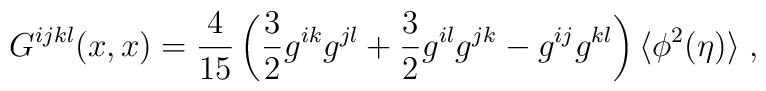
G^{ijkl}(x,x) = \frac{4}{15} \left(\frac{3}{2} g^{ik} g^{jl} + \frac{3}{2}g^{il} g^{jk} - g^{ij} g^{kl}\right) \langle \phi^2(\eta) \rangle\; ,